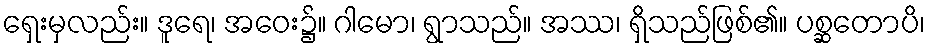
ရှေးမှလည်း။ ဒူရေ၊ အဝေး၌။ ဂါမော၊ ရွာသည်။ အဿ၊ ရှိသည်ဖြစ်၏။ ပစ္ဆတောပိ၊